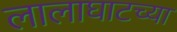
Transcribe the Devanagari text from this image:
लालाघाटच्या